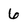
Character: 6